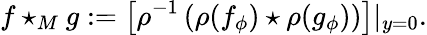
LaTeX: f\star_{M}g:=\left[\rho^{-1}\left(\rho(f_{\phi})\star\rho(g_{\phi})\right)\right]|_{y=0}.